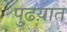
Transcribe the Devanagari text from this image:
पुढय़ात